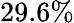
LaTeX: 29.6\%